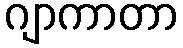
ဂျာကာတာ